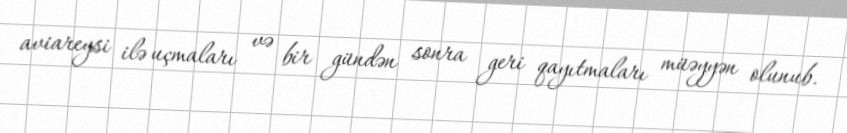
aviareysi ilə uçmaları və bir gündən sonra geri qayıtmaları müəyyən olunub.